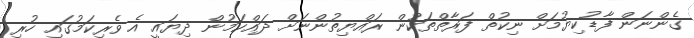
ގެންނަން ފާޑުކިޔުމަށް ނިކުތް ފަރާތްތަކުން ރައްޔިތުންނަށް ދައްކަމުން ދިޔައީ އެ ވެރިކަމުގައި ހުރި